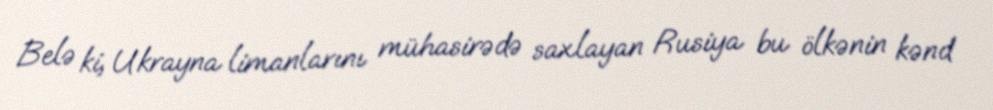
Belə ki, Ukrayna limanlarını mühasirədə saxlayan Rusiya bu ölkənin kənd